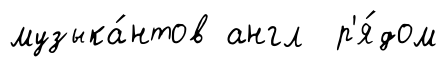
музыка́нтов англ р'я́дом